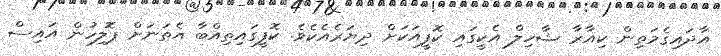
އާދައިގެމަތިން ކިއާރާ ޝާހިލް އެކީގައި ކޮފީއަކަށް ދިޔަރެއެކެވެ. ކޮފީގައިތިއްބާ އެތަނަށް ޕޮލިހުން އައިސް